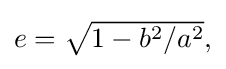
{\textstyle e={\sqrt {1-b^{2}/a^{2}}},}